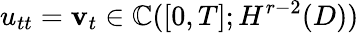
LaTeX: u_{tt}=\mathbf{v}_{t}\in\mathbb{C}([0,T];H^{r-2}(D))